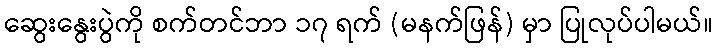
ဆွေးနွေးပွဲကို စက်တင်ဘာ ၁၇ ရက် (မနက်ဖြန်) မှာ ပြုလုပ်ပါမယ်။